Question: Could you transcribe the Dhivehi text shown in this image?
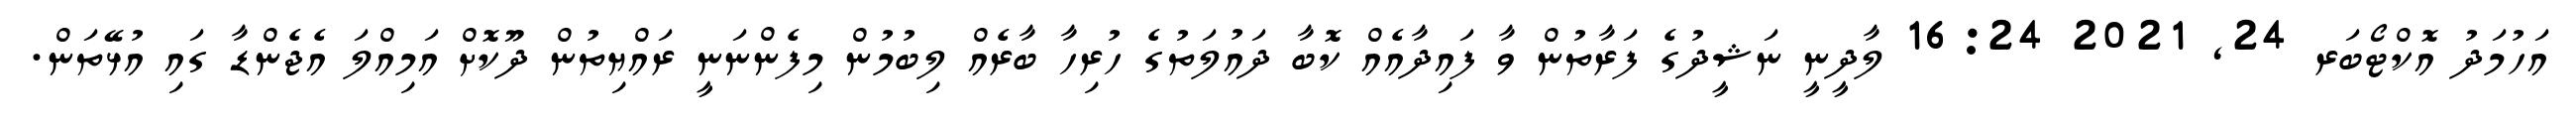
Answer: އަހުމަދު އޮކްޓޯބަރ 24, 2021 16:24 ލާދީނީ ނަޝީދުގެ ފަރާތުން ވާ ފައިދާއެއް ކޮބާ ދައުލަތުގެ ހުރިހާ ބާރެއް ލިބުމުން މިފެންނަނީ ރައްޔިތުން ދޫކޮށް އަމިއްލަ އެޖެންޑާ ގައި އުޅޭތަން.